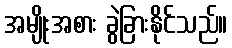
အမျိုးအစား ခွဲခြားနိုင်သည်။